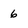
Character: 6